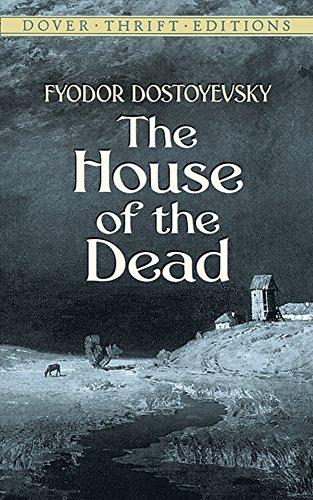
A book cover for The House of the Dead (Dover Thrift Editions); Fyodor Dostoevsky; Literature & Fiction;